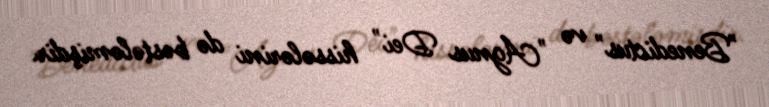
"Benedictus" və "Agnus Dei" hissələrini də bəstələmişdir.